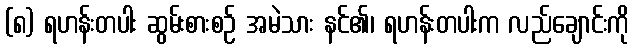
(၈) ရဟန်းတပါး ဆွမ်းစားစဉ် အမဲသား နင်၏၊ ရဟန်းတပါးက လည်ချောင်းကို